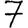
Digit: 7